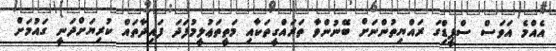
އެއްމެ އަވަސް ސްޕީޑިްގަ ރައްޔިތުންނަށް ބޭނުންވާ ތަރައްގީތަކާއި މަތީތަޢުލީމުފަދަ ފައިދާތައް ކުރިޔަށްދަނީ ގައުމަށް